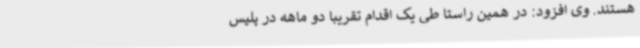
هستند. وی افزود: در همین راستا طی یک اقدام تقریباً دو ماهه در پلیس